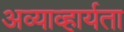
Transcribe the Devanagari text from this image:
अव्याव्हार्यता